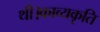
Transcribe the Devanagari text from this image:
थी।काव्यकृति